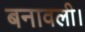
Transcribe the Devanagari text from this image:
बनावली।